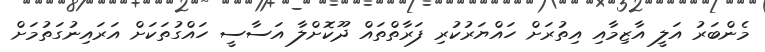
މެންބަރު އަލީ އާޒިމާއި އިތުރަށް ހައްޔަރުކުރި ފަރާތްތައް ދޫކޮށްލާ އަސާސީ ހައްގުތަކަށް އަރައިނުގަތުމަށް